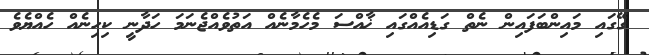
ގޭގައި މައިންބަފައިން ނެތް ގަޑިއެއްގައި ޚާއްސަ މެހެމާނެއް އަތުވެއްޖެނަމަ ހަދާނީ ކިހިނެއް ހެއްޔެވެ